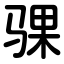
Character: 骒